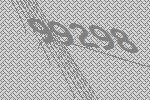
99298